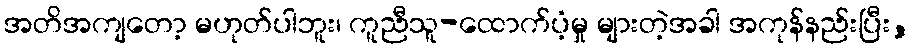
အတိအကျတော့ မဟုတ်ပါဘူး၊ ကူညီသူ-ထောက်ပံ့မှု များတဲ့အခါ အကုန်နည်းပြီး,